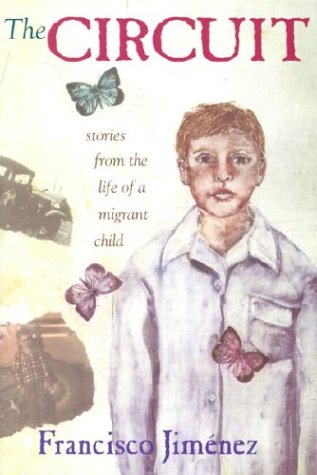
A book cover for The Circuit: Stories from the Life of a Migrant Child; Francisco JimÃ©nez; Mystery, Thriller & Suspense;